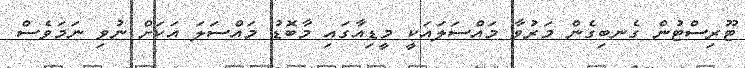
ޓޫރިސްޓުން ގެނބިގެން މަރުވާ މައްސަލައަކީ މީޑިއާގައި މާބޮޑު މައްސަލަ އަކަށް ނުވި ނަމަވެސް